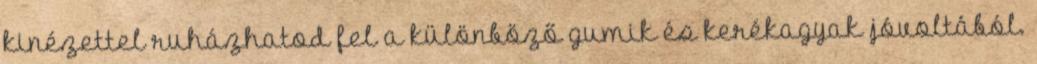
kinézettel ruházhatod fel a különböző gumik és kerékagyak jóvoltából.